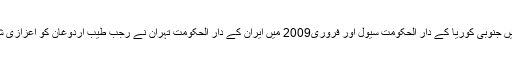
فروری2004 میں جنوبی کوریا کے دار الحکومت سیول اور فروری2009 میں ایران کے دار الحکومت تہران نے رجب طیب اردوغان کو اعزازی شہریت سے نوازا۔